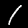
Label: 1